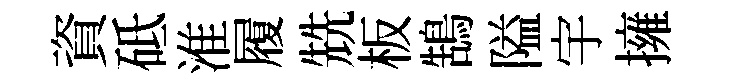
資砥淮履兟板鵠隘宇擁